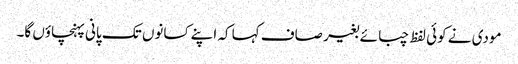
مودی نے کوئی لفظ چبائے بغیر صاف کہا کہ اپنے کسانوں تک پانی پہنچاؤں گا۔